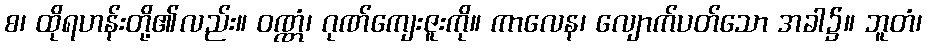
စ၊ ထိုရဟန်းတို့၏လည်း။ ဝဏ္ဏံ၊ ဂုဏ်ကျေးဇူးကို။ ကာလေန၊ လျောက်ပတ်သော အခါ၌။ ဘူတံ၊